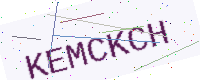
Text: KEMCKCH